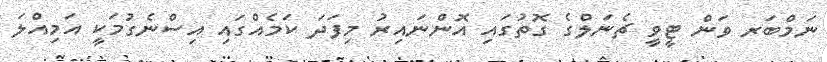
ނަމްބަރ ވަން ޓީވީ ޗެނަލްގެ ގޮތުގައި އޮންނައިރު މިފަދަ ކަމެއްގައި އިސްނެގުމަކީ އަމިއްލަ